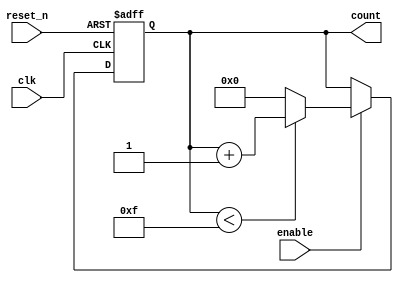
module MemoryBlocksUpCounter (
    input wire clk,        // Clock input
    input wire reset_n,    // Asynchronous reset (active low)
    input wire enable,     // Enable signal for counting
    output reg [3:0] count // 4-bit output for current count value
);

    // Parameters for counter range
    parameter MIN_VALUE = 4'b0000; // Minimum value
    parameter MAX_VALUE = 4'b1111; // Maximum value (15)

    // Asynchronous reset and enable logic
    always @(posedge clk or negedge reset_n) begin
        if (!reset_n) begin
            // Asynchronous reset: reset count to MIN_VALUE
            count <= MIN_VALUE;
        end else if (enable) begin
            // Increment logic
            if (count < MAX_VALUE) begin
                count <= count + 1; // Increment count
            end else begin
                count <= MIN_VALUE; // Wrap around to MIN_VALUE
            end
        end
    end

endmodule